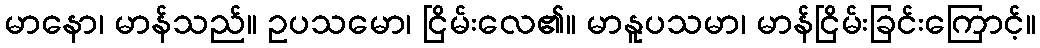
မာနော၊ မာန်သည်။ ဥပသမော၊ ငြိမ်းလေ၏။ မာနူပသမာ၊ မာန်ငြိမ်းခြင်းကြောင့်။